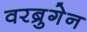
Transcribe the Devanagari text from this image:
वरब्रुगेन